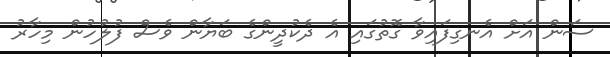
ސަން އަށް އެނގިފައިވާ ގޮތުގައި އެ ދެކުދީންގެ ބަޔާން ވެސް ފުލުހުން މިހާރު